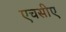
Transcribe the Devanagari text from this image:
एचसीए